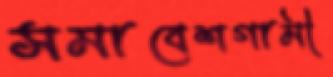
সমাবেশগামী